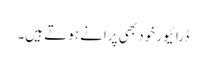
ڈرائیور خود بھی پرانے ہوتے ہیں۔